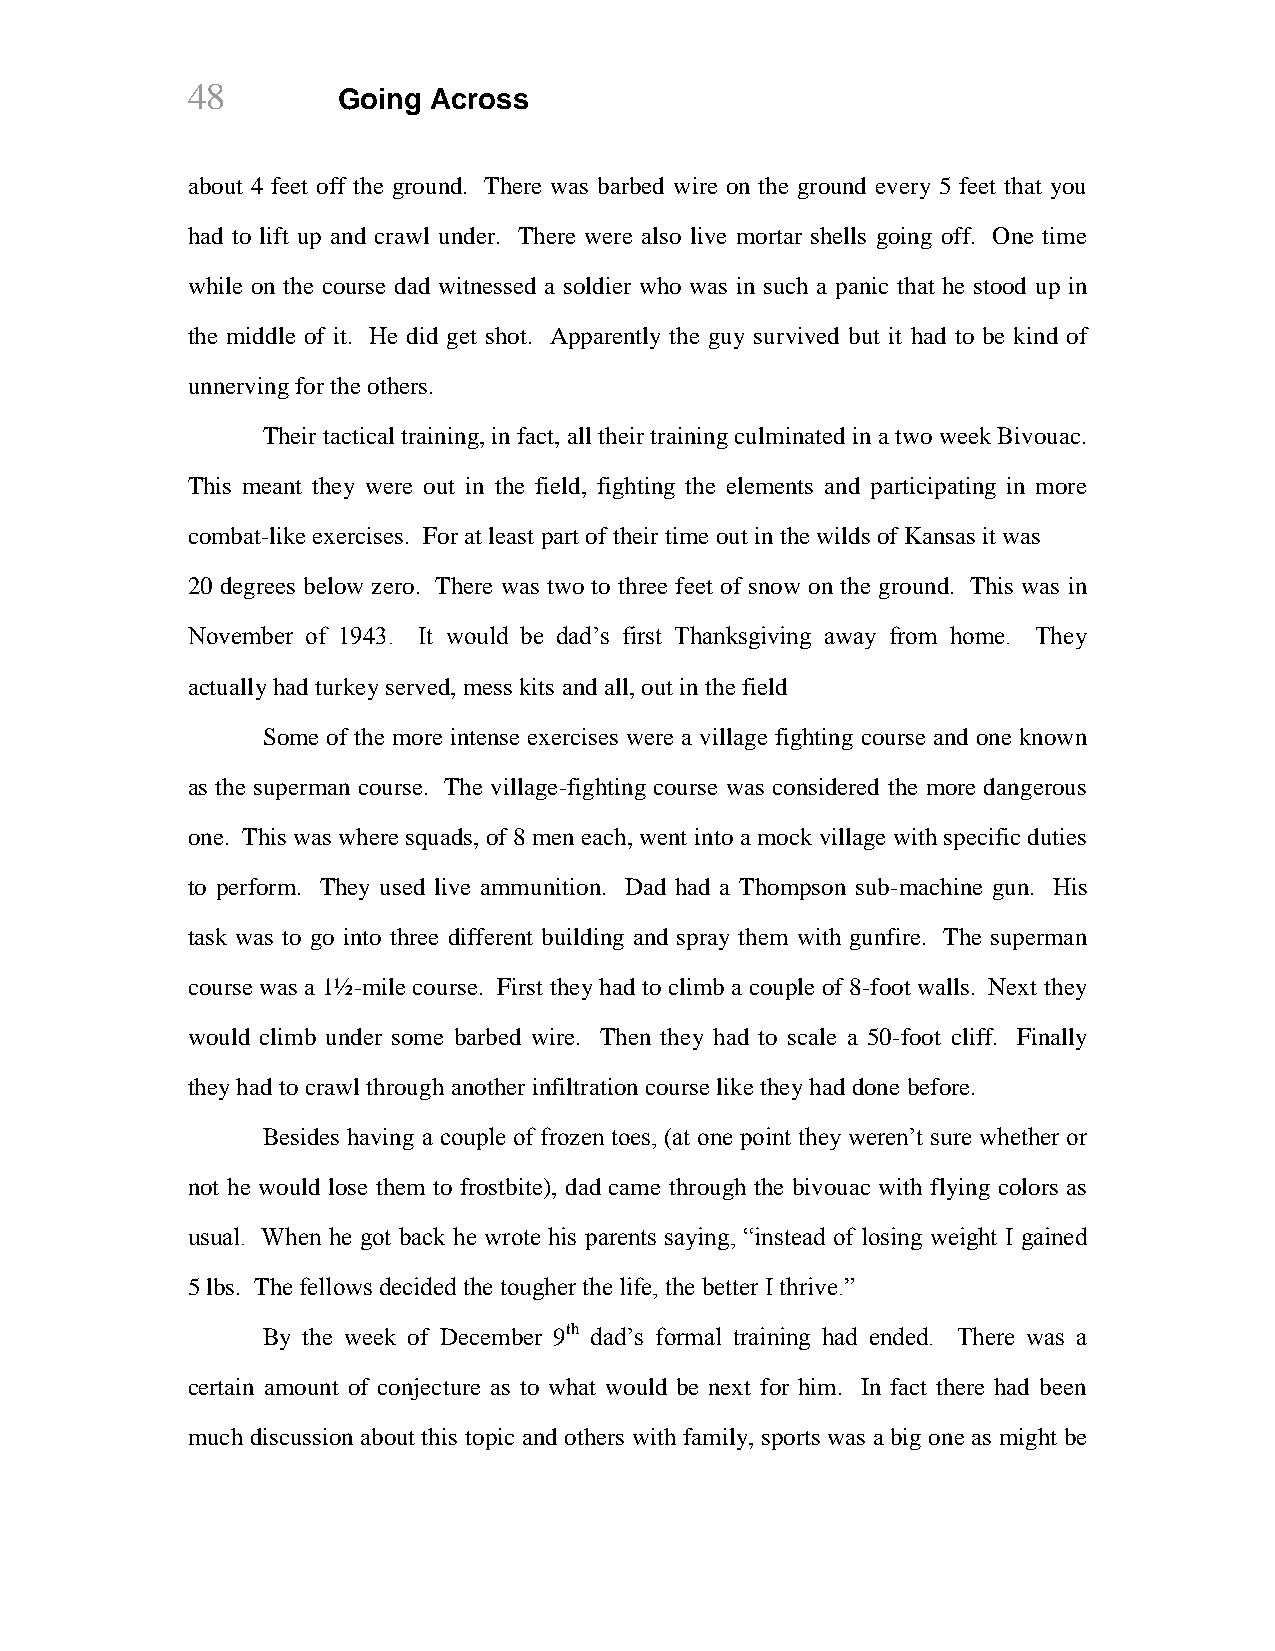
48        Going Across
 about 4 feet off the ground. There was barbed wire on the ground every 5 feet that you
 had to lift up and crawl under. There were also live mortar shells going off. One time
 while on the course dad witnessed a soldier who was in such a panic that he stood up in
 the middle of it. He did get shot. Apparently the guy survived but it had to be kind of
 unnerving for the others.
 Their tactical training, in fact, all their training culminated in a two week Bivouac.
 This meant they were out in the field, fighting the elements and participating in more
 combat-like exercises. For at least part of their time out in the wilds of Kansas it was
 20 degrees below zero. There was two to three feet of snow on the ground. This was in
 November of 1943. It would be dad’s first Thanksgiving away from home. They
 actually had turkey served, mess kits and all, out in the field
 Some of the more intense exercises were a village fighting course and one known
 as the superman course. The village-fighting course was considered the more dangerous
 one. This was where squads, of 8 men each, went into a mock village with specific duties
 to perform. They used live ammunition. Dad had a Thompson sub-machine gun. His
 task was to go into three different building and spray them with gunfire. The superman
 course was a 1½-mile course. First they had to climb a couple of 8-foot walls. Next they
 would climb under some barbed wire. Then they had to scale a 50-foot cliff. Finally
 they had to crawl through another infiltration course like they had done before.
 Besides having a couple of frozen toes, (at one point they weren’t sure whether or
 not he would lose them to frostbite), dad came through the bivouac with flying colors as
 usual. When he got back he wrote his parents saying, “instead of losing weight I gained
 5 lbs. The fellows decided the tougher the life, the better I thrive.”
 By the week of December 9th dad’s formal training had ended. There was a
 certain amount of conjecture as to what would be next for him. In fact there had been
 much discussion about this topic and others with family, sports was a big one as might be